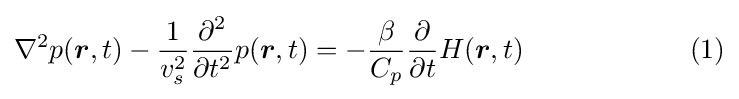
\nabla ^{2}p({\boldsymbol {r}},t)-{\frac {1}{v_{s}^{2}}}{\frac {\partial ^{2}}{\partial {t^{2}}}}p({\boldsymbol {r}},t)=-{\frac {\beta }{C_{p}}}{\frac {\partial }{\partial t}}H({\boldsymbol {r}},t)\qquad \qquad \quad \quad (1)